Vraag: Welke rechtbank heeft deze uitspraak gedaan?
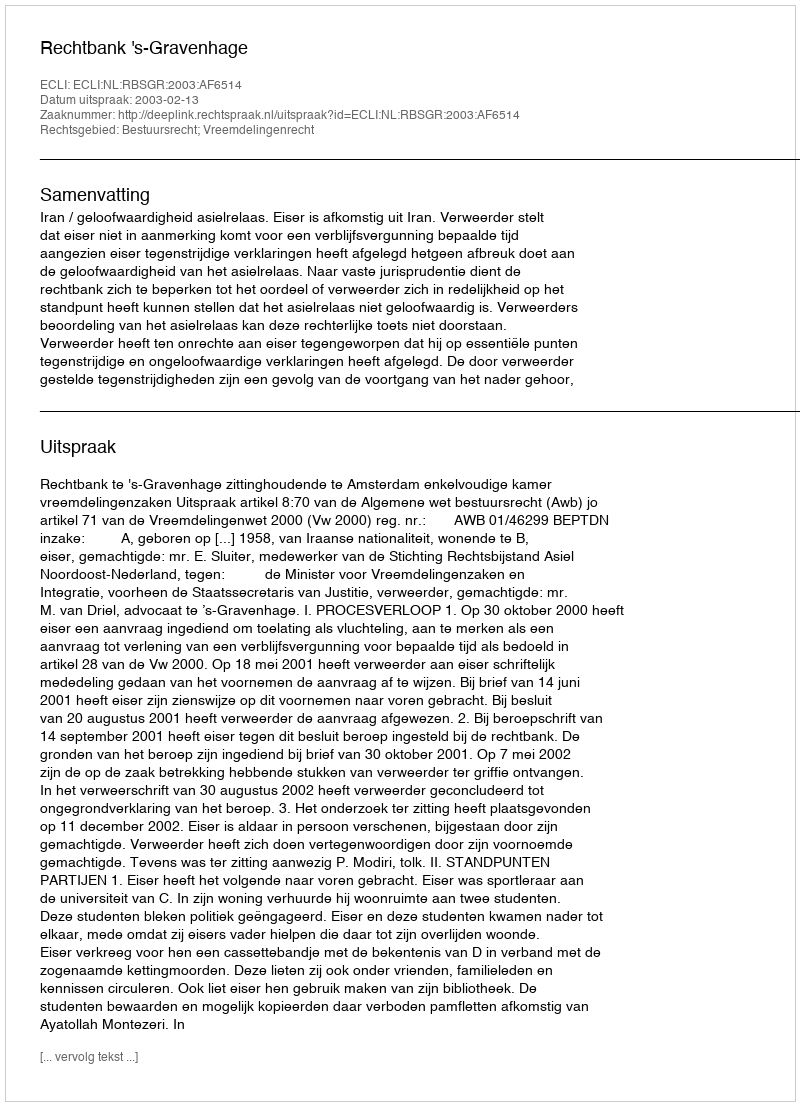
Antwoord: Rechtbank 's-Gravenhage